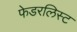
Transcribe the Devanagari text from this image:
फेडरलिस्ट